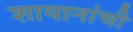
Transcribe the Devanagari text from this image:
शायानांची